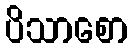
ပိသာစော